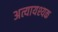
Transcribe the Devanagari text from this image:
अत्यायश्यक